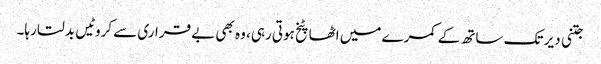
جتنی دیر تک ساتھ کے کمرے میں اٹھا پٹخ ہوتی رہی، وہ بھی بے قراری سے کروٹیں بدلتا رہا۔